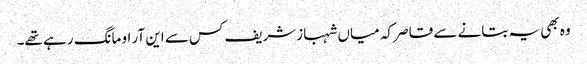
وہ بھی یہ بتانے سے قاصر کہ میاں شہبازشریف کس سے این آر او مانگ رہے تھے۔